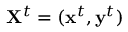
\mathbf { X } ^ { t } = ( \mathbf { x } ^ { t } , \mathbf { y } ^ { t } )